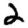
Digit: 2